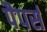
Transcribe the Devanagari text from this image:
पैपर्स